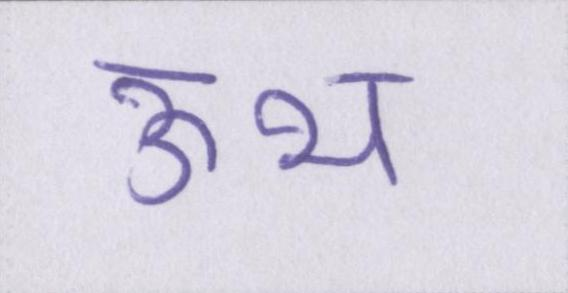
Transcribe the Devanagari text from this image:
ऊभ